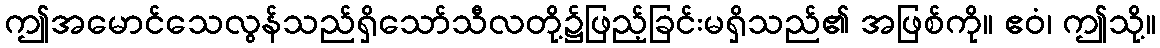
ဤအမောင်သေလွန်သည်ရှိသော်သီလတို့၌ဖြည့်ခြင်းမရှိသည်၏ အဖြစ်ကို။ ဧဝံ၊ ဤသို့။